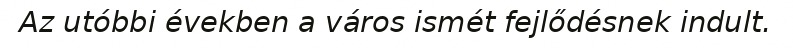
Az utóbbi években a város ismét fejlődésnek indult.